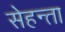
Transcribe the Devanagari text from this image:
सेहन्‍ता